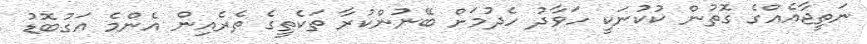
ނަތީޖާއެއްގެ ގޮތުން ކުކުނަކީ ހަވާދު ހެދުމަށް ބޭނުންކުރާ ތަކެތީގެ ތެރެއިން އެންމެ އަގުބޮޑު